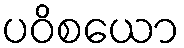
ပဝိစယော